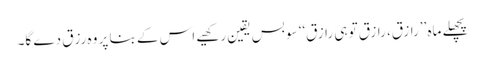
پچھلے ماہ ’’رازق، رازق تو ہی رازق‘‘ سو بس یقین رکھیے اس کے بنا پر وہ رزق دے گا۔